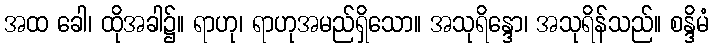
အထ ခေါ၊ ထိုအခါ၌။ ရာဟု၊ ရာဟုအမည်ရှိသော။ အသုရိန္ဒော၊ အသုရိန်သည်။ စန္ဒိမံ